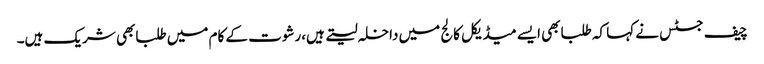
چیف جسٹس نے کہا کہ طلبابھی ایسے میڈیکل کالج میں داخلہ لیتے ہیں،رشوت کے کام میں طلبابھی شریک ہیں۔